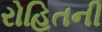
રોહિતની